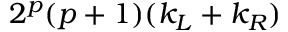
2 ^ { p } ( p + 1 ) ( k _ { L } + k _ { R } )